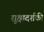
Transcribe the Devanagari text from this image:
सूक्ष्मदर्शकी